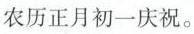
农历正月初一庆祝。